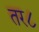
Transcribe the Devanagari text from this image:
तर८